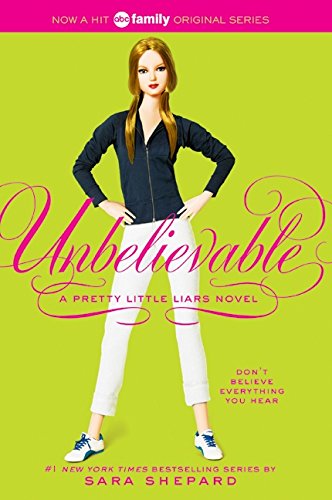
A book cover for Unbelievable (Pretty Little Liars, Book 4); Sara Shepard; Teen & Young Adult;